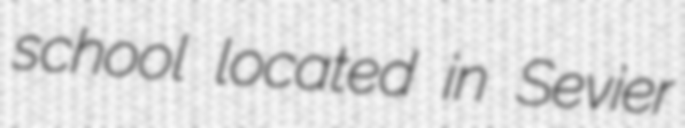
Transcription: school located in Sevier